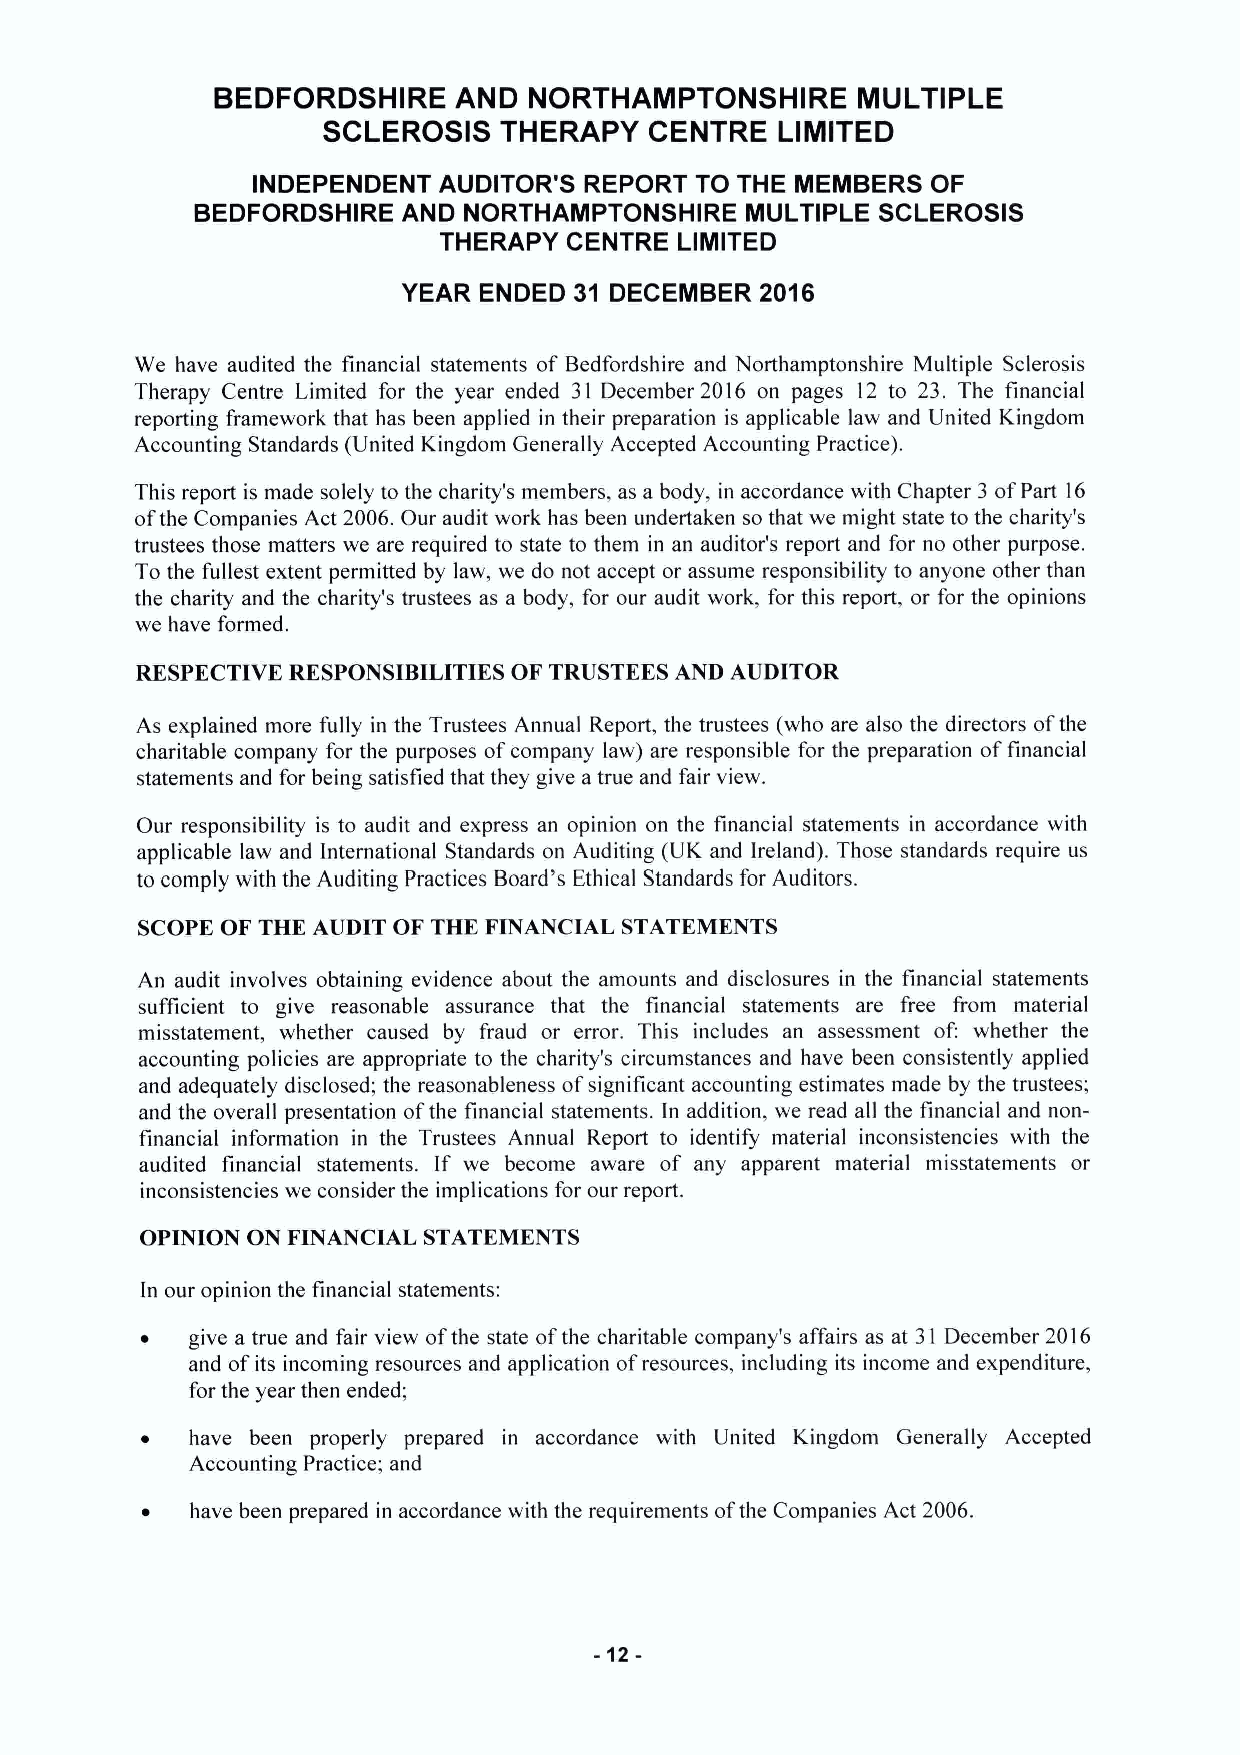
BEDFORDSHIRE    AND  NORTHAMPTONSHIRE      MULTIPLE
 SCLEROSIS   THERAPY   CENTRE   LIMITED
 INDEPENDENT AUDITOR'S REPORT TO THE MEMBERS  OF
 BEDFORDSHIRE  AND NORTHAMPTONSHIRE  MULTIPLE SCLEROSIS
 THERAPY  CENTRE LIMITED
 YEAR ENDED 31 DECEMBER 2016
 We have audited the financial statements of Bedfordshire and Northamptonshire Multiple Sclerosis
 Therapy Centre Limited for the year ended 31 December 2016 on pages 12 to 23. The financial
 reporting framework that has been applied in their preparation is applicable law and United Kingdom
 Accounting Standards (United Kingdom Generally Accepted Accounting Practice).
 This report is made solely to the charity's members, as a body, in accordance with Chapter 3 ofPart 16
 ofthe Companies Act 2006.Our audit work has been undertaken so that we might state to the charity's
 trustees those matters we are required to state to them in an auditor's report and for no other purpose.
 To the fullest extent permitted by law, we do not accept or assume responsibility to anyone other than
 the charity and the charity's trustees as a body, for our audit work, for this report, or for the opinions
 we have formed.
 RESPECTIVE RESPONSIBILITIES OF TRUSTEES AND AUDITOR
 As explained more fully in the Trustees Annual Report, the trustees (who are also the directors ofthe
 charitable company for the purposes ofcompany law) are responsible for the preparation offinancial
 statements and for being satisfied that they give atrue and fair view.
 Our responsibility is to audit and express an opinion on the financial statements in accordance with
 applicable law and International Standards on Auditing (UK and Ireland). Those standards require us
 to comply with the Auditing Practices Board's Ethical Standards for Auditors.
 SCOPE OF THE AUDIT OF THE FINANCIAL STATEMENTS
 An audit involves obtaining evidence about the amounts and disclosures in the financial statements
 sufficient to give reasonable assurance that the financial statements are free from material
 misstatement, whether caused by fraud or error. This includes an assessment of: whether the
 accounting policies are appropriate to the charity's circumstances and have been consistently applied
 and adequately disclosed; the reasonableness ofsignificant accounting estimates made by the trustees;
 and the overall presentation ofthe financial statements. In addition, we read all the financial and non-
 financial information in the Trustees Annual Report to identify material inconsistencies with the
 audited financial statements. If we become aware of any apparent material misstatements or
 inconsistencies we consider the implications for our report.
 OPINION ON FINANCIAL STATEMENTS
 In our opinion the financial statements:
 give a true and fair view ofthe state ofthe charitable company's affairs as at 31 December 2016
 and ofits incoming resources and application ofresources, including its income and expenditure,
 for the year then ended;
 have been properly prepared in accordance with United Kingdom Generally Accepted
 Accounting Practice; and
 have been prepared in accordance with the requirements ofthe Companies Act 2006.
 -12-